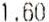
1.60